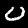
Digit: 0